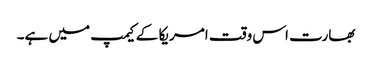
بھارت اس وقت امریکا کے کیمپ میں ہے۔